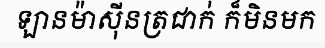
ឡានម៉ាស៊ីនត្រជាក់ ក៏មិនមក